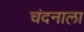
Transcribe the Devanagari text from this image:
चंदनाला